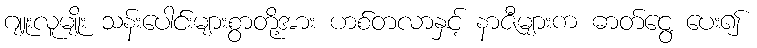
ဂျူးလူမျိုး သန်းပေါင်းများစွာတို့အား ဟစ်တလာနှင့် နာဇီများက ဓာတ်ငွေ့ ပေး၍